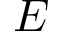
E